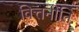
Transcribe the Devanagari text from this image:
वित्तनीति